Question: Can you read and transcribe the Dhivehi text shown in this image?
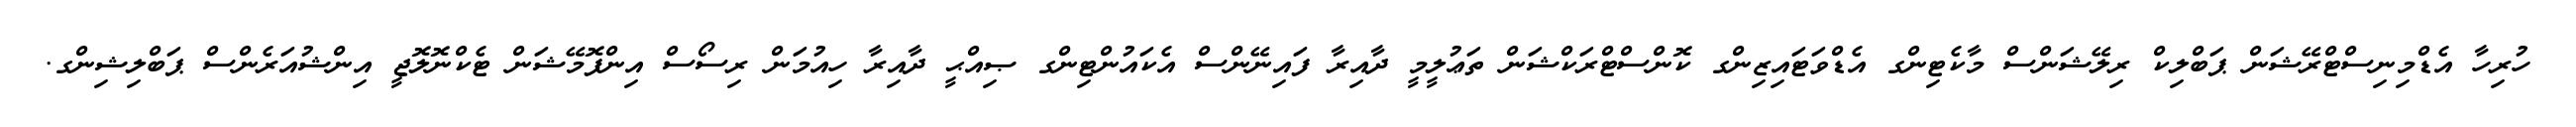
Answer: ހުރިހާ އެޑްމިނިސްޓްރޭޝަން ޕަބްލިކް ރިލޭޝަންސް މާކެޓިންގ އެޑްވަޓައިޒިންގ ކޮންސްޓްރަކްޝަން ތަޢުލީމީ ދާއިރާ ފައިނޭންސް އެކައުންޓިންގ ޞިއްޙީ ދާއިރާ ހިއުމަން ރިސޯސް އިންފޮމޭޝަން ޓެކްނޮލޮޖީ އިންޝުއަރެންސް ޕަބްލިޝިންގ.